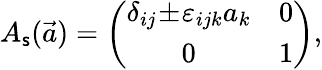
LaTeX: A_{\mathsf{s}}(\vec{{a}})=\left(\begin{array}{cc}{{\delta_{ij}\! \pm\! \varepsilon_{ijk}a_{k}}}&{{0}}\\ {{0}}&{{1}}\end{array}\right),